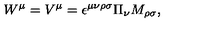
W ^ { \mu } = V ^ { \mu } = \epsilon ^ { \mu \nu \rho \sigma } \Pi _ { \nu } M _ { \rho \sigma } ,